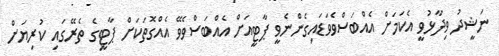
ނަޝީދު ވިދާޅުވީ އެކަމަށް އެއްބަސްވެވަޑައިގެންނެވީ ޕާޓީއަށް އެއްބަސްވެވޭ އެއްގޮތަކަށް ޕާޓީގެ ތެރޭގައި ކުރިޔަށް